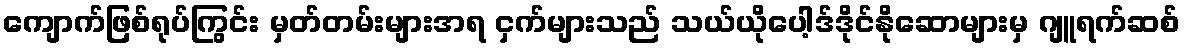
ကျောက်ဖြစ်ရုပ်ကြွင်း မှတ်တမ်းများအရ ငှက်များသည် သယ်ယိုပေါ့ဒ်ဒိုင်နိုဆောများမှ ဂျူရက်ဆစ်